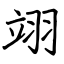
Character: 翊